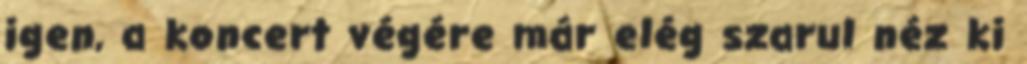
igen, a koncert végére már elég szarul néz ki